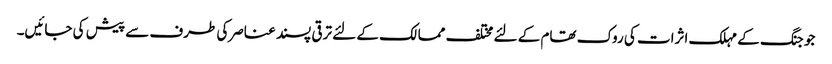
جو جنگ کے مہلک اثرات کی روک تھام کے لئے مختلف ممالک کے لئے ترقی پسند عناصرکی طرف سے پیش کی جائیں۔